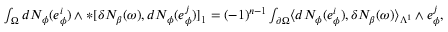
\begin{array} { r } { \int _ { \Omega } d N _ { \phi } ( e _ { \phi } ^ { i } ) \wedge \ast [ \delta N _ { \beta } ( \omega ) , d N _ { \phi } ( e _ { \phi } ^ { j } ) ] _ { 1 } = ( - 1 ) ^ { n - 1 } \int _ { \partial \Omega } \langle d N _ { \phi } ( e _ { \phi } ^ { i } ) , \delta N _ { \beta } ( \omega ) \rangle _ { \Lambda ^ { 1 } } \wedge e _ { \phi } ^ { j } , } \end{array}